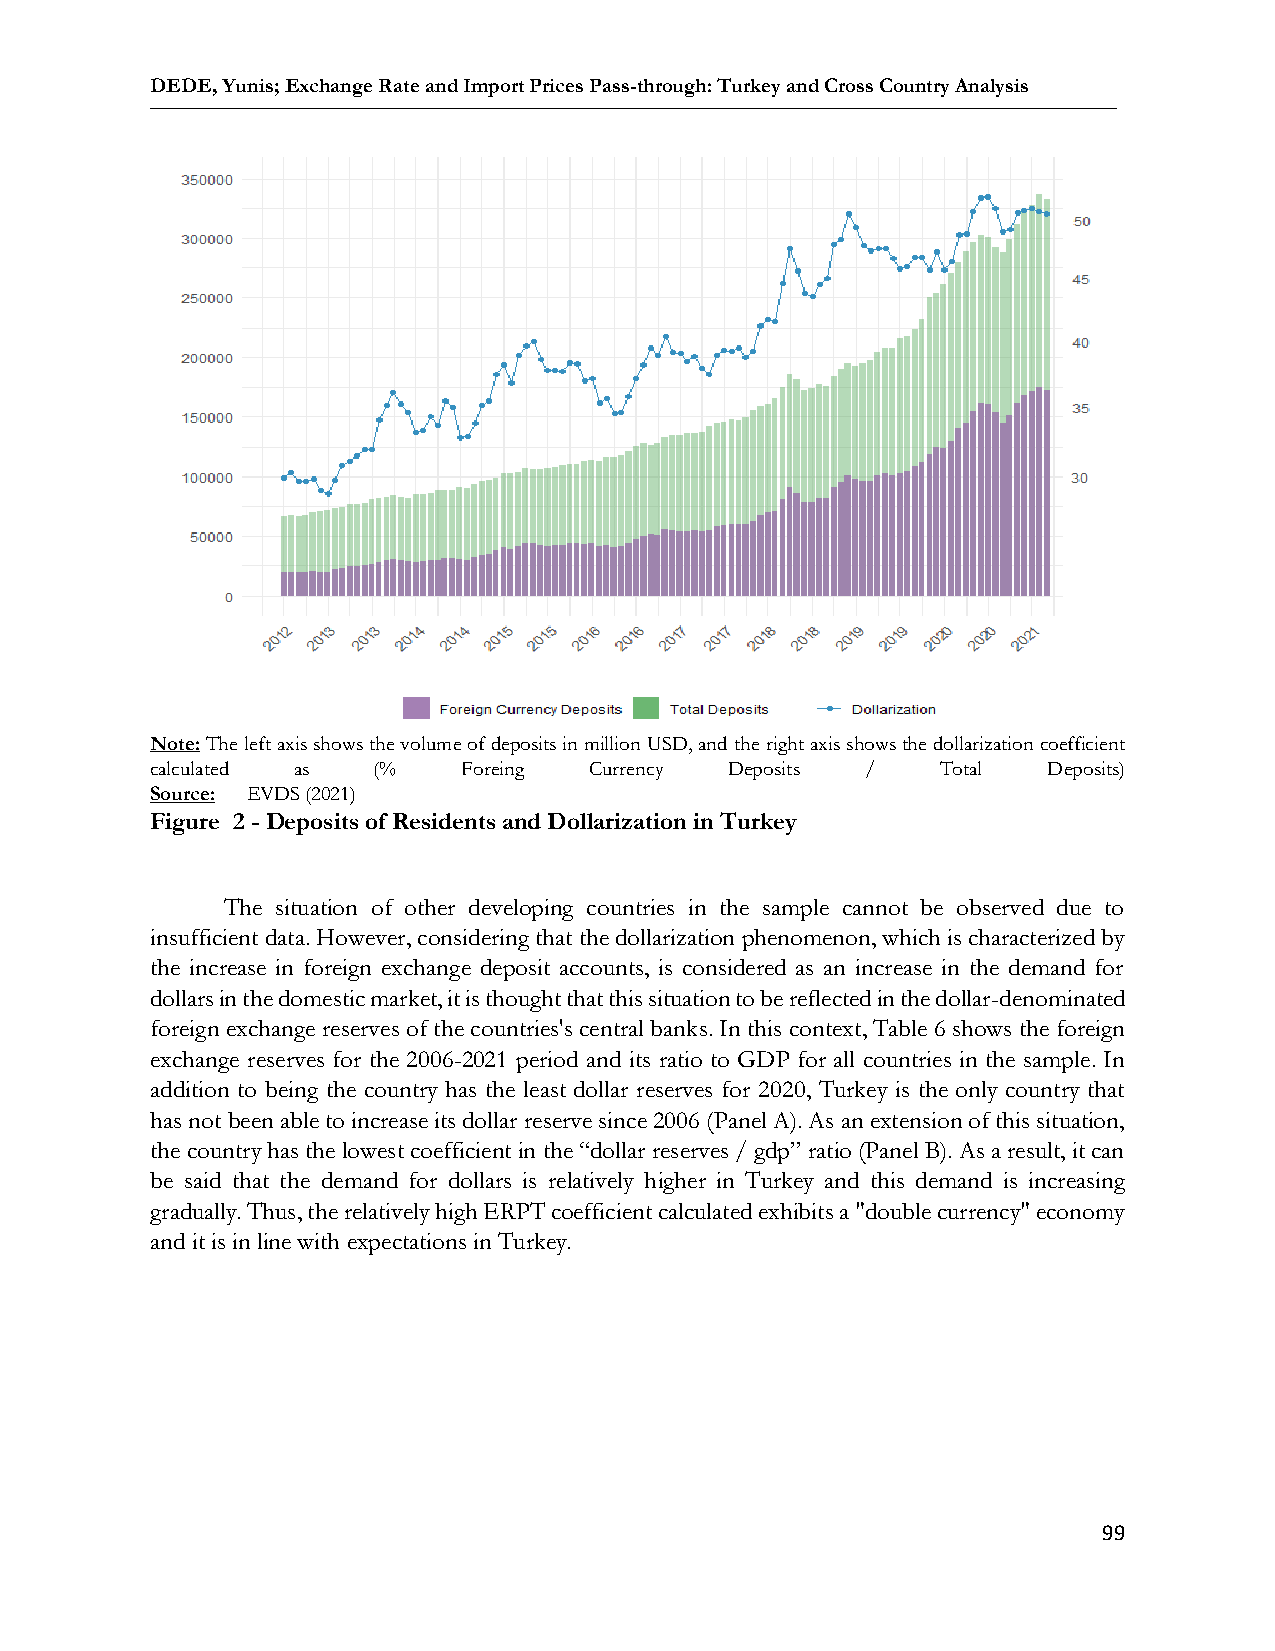
DEDE, Yunis; Exchange Rate and Import Prices Pass-through: Turkey and Cross Country Analysis
 Note: The left axis shows the volume of deposits in million USD, and the right axis shows the dollarization coefficient
 calculated as  (%    Foreing Currency Deposits /    Total  Deposits)
 Source: EVDS (2021)
 Figure 2 - Deposits of Residents and Dollarization in Turkey
 The situation of other developing countries in the sample cannot be observed due to
 insufficient data. However, considering that the dollarization phenomenon, which is characterized by
 the increase in foreign exchange deposit accounts, is considered as an increase in the demand for
 dollars in the domestic market, it is thought that this situation to be reflected in the dollar-denominated
 foreign exchange reserves of the countries's central banks. In this context, Table 6 shows the foreign
 exchange reserves for the 2006-2021 period and its ratio to GDP for all countries in the sample. In
 addition to being the country has the least dollar reserves for 2020, Turkey is the only country that
 has not been able to increase its dollar reserve since 2006 (Panel A). As an extension of this situation,
 the country has the lowest coefficient in the “dollar reserves / gdp” ratio (Panel B). As a result, it can
 be said that the demand for dollars is relatively higher in Turkey and this demand is increasing
 gradually. Thus, the relatively high ERPT coefficient calculated exhibits a "double currency" economy
 and it is in line with expectations in Turkey.
 99